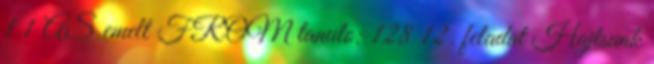
1.1 AS emelt FROM tanulo; 128 12. feladat Hajtsunk